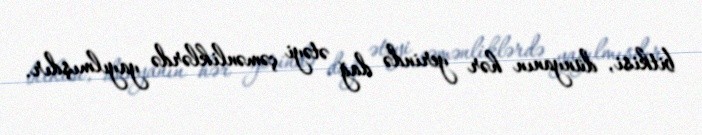
bitkisi, dünyanın hər yerində dağ ətəyi çəmənliklərdə yayılmışdır.